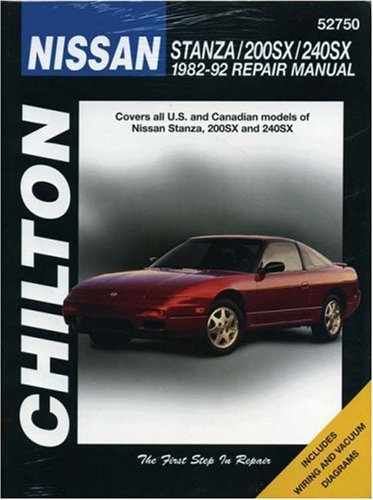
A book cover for Nissan Stanza, 200SX, and 240SX, 1982-92 (Chilton Total Car Care Series Manuals); Chilton; Engineering & Transportation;